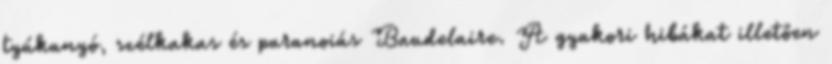
tyúkanyó, szélkakas és paranoiás Baudelaire. A gyakori hibákat illetően